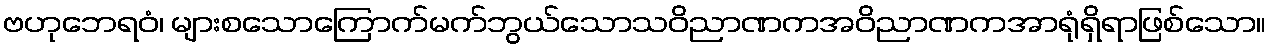
ဗဟုဘေရဝံ၊ များစသောကြောက်မက်ဘွယ်သောသဝိညာဏကအဝိညာဏကအာရုံရှိရာဖြစ်သော။